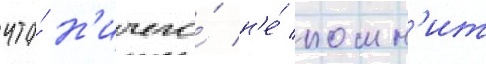
что́ н'ичего́ н'е́ помн'ит